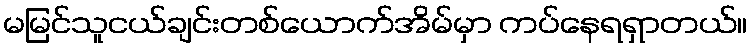
မမြင်သူငယ်ချင်းတစ်ယောက်အိမ်မှာ ကပ်နေရရှာတယ်။